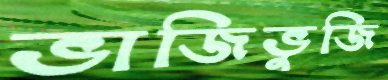
ভাজিভুজি